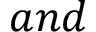
a n d